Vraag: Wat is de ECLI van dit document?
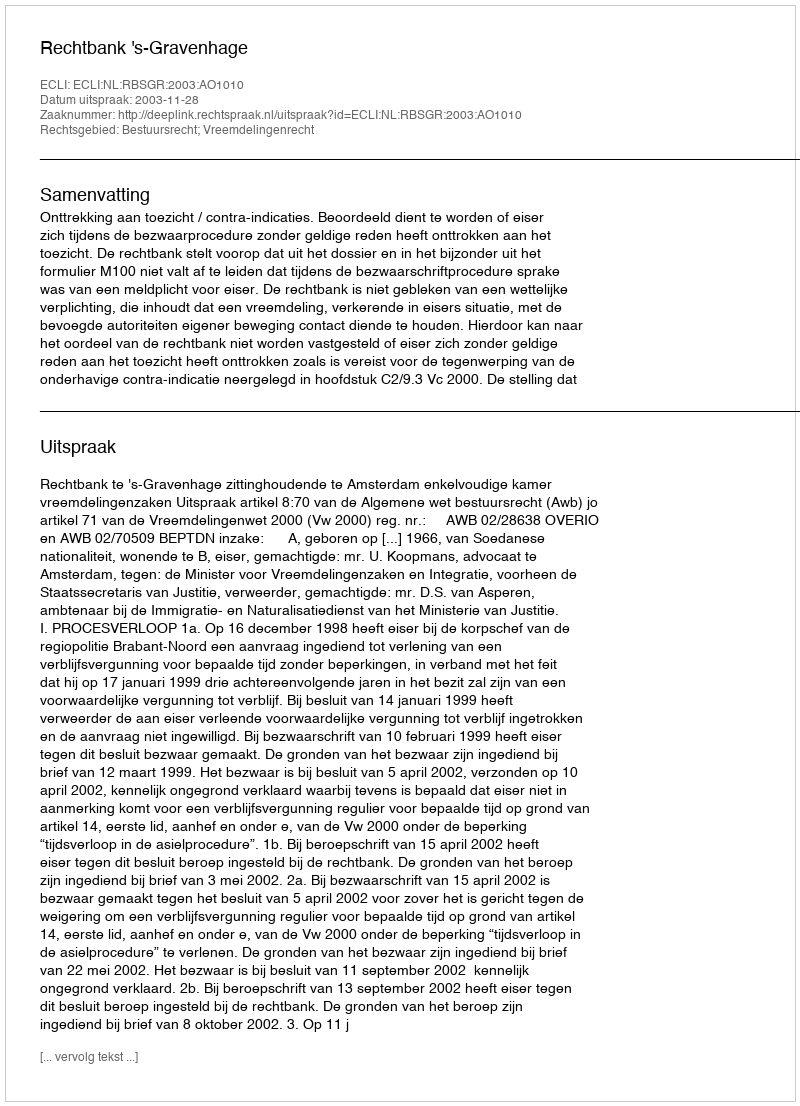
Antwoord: ECLI:NL:RBSGR:2003:AO1010